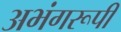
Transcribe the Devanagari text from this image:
अभंगरूपी